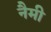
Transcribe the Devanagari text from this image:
नैमी